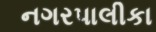
નગરપાલીકા